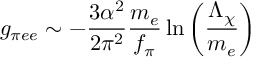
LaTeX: g _ { \pi e e } \sim - \frac { 3 { \alpha } ^ { 2 } } { 2 { \pi } ^ { 2 } } \frac { m _ { e } } { f _ { \pi } } \ln \left( \frac { \Lambda _ { \chi } } { m _ { e } } \right)